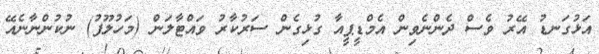
އަޅުގަނޑު އޭރު ވެސް ދެންނެވިން އެމްޑީޕީއާ ގުޅިގެން ސަރުކާރު ވައްޓާލަން (މަހުލޫފު) ނުކުންނާނެއޭ